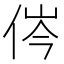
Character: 侺